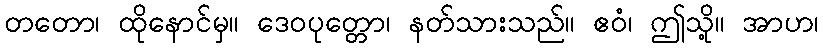
တတော၊ ထိုနောင်မှ။ ဒေဝပုတ္တော၊ နတ်သားသည်။ ဧဝံ၊ ဤသို့။ အာဟ၊